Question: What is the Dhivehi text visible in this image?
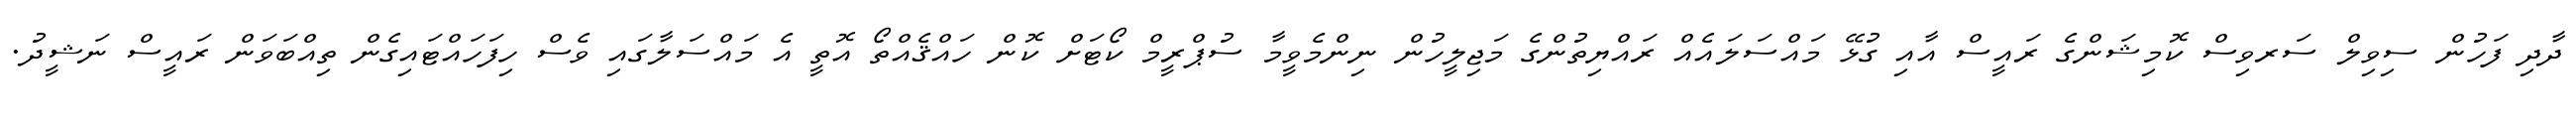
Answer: ދާދި ފަހުން ސިވިލް ސަރވިސް ކޮމިޝަންގެ ރައީސް އާއި ގުޅޭ މައްސަލައެއް ރައްޔިތުންގެ މަޖިލީހުން ނިންމެވީމާ ސުޕްރީމް ކޯޓަށް ކޮން ހައްޤެއްތޯ އޮތީ އެ މައްސަލާގައި ވެސް ހިފަހައްޓައިގެން ތިއްބަވަން ރައީސް ނަޝީދު.